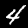
Digit: 4